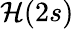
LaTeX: \mathcal{H}(2s)